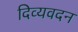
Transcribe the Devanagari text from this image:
दिव्यवदन